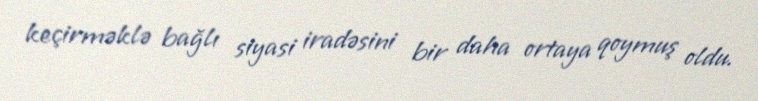
keçirməklə bağlı siyasi iradəsini bir daha ortaya qoymuş oldu.